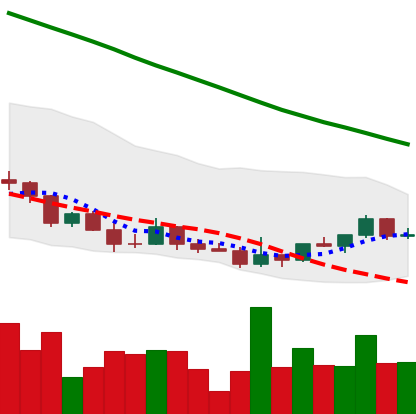
Ticker: DOGE-USD
Chart end date: 2022-03-21
Forward return: 13.851%
Label: up_7plus